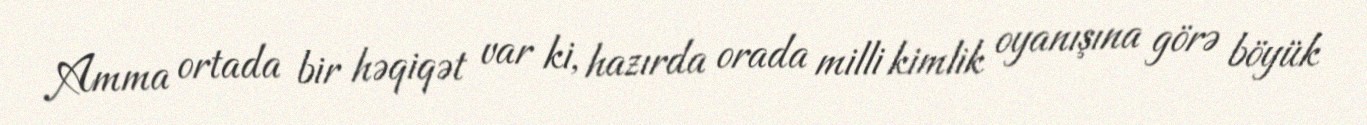
Amma ortada bir həqiqət var ki, hazırda orada milli kimlik oyanışına görə böyük